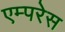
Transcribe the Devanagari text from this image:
एम्परेस